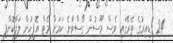
24 ގަޑިއިރުގެ ތެރޭގައި ވެސް މޫސުން ގޯސްވާނެ ކަމަށް މެޓް އޮފީހުން ލަފާކޮށްފި